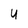
Character: U